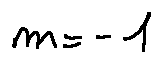
m = - 1